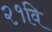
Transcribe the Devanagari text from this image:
२१वि